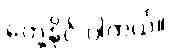
တွေ့နိုင် ပါတယ်။